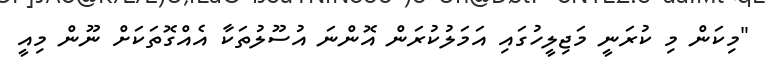
"މިކަން މި ކުރަނީ މަޖިލީހުގައި އަމަލުކުރަން އޮންނަ އުސޫލުތަކާ އެއްގޮތަކަށް ނޫން މިއީ